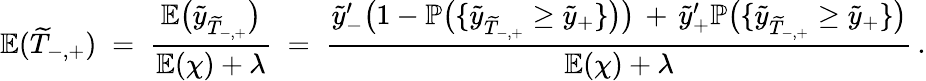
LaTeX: \mathbb{E}(\widetilde{T}_{-,+})\; =\; \frac{\mathbb{E}\big(\widetilde{y}_{\widetilde{T}_{-,+}}\big)}{\mathbb{E}(\chi)+\lambda}\; =\; \frac{\widetilde{y}_{-}^{\prime}\big(1-\mathbb{P}\big(\{ \widetilde{y}_{\widetilde{T}_{-,+}}\geq\widetilde{y}_{+}\} \big)\big)\, +\, \widetilde{y}_{+}^{\prime}\mathbb{P}\big(\{ \widetilde{y}_{\widetilde{T}_{-,+}}\geq\widetilde{y}_{+}\} \big)}{\mathbb{E}(\chi)+\lambda}\, .